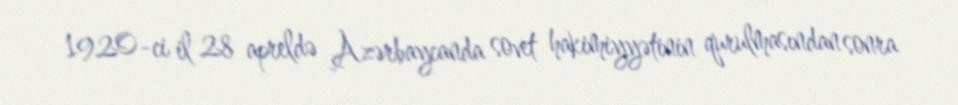
1920-ci il 28 apreldə Azərbaycanda sovet hakimiyyətinin qurulmasından sonra